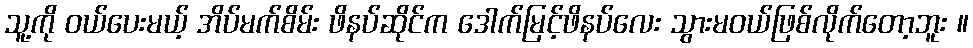
သူ့ကို ဝယ်ပေးမယ့် အိပ်မက်စိမ်း ဖိနပ်ဆိုင်က ဒေါက်မြင့်ဖိနပ်လေး သွားမဝယ်ဖြစ်လိုက်တော့ဘူး ။